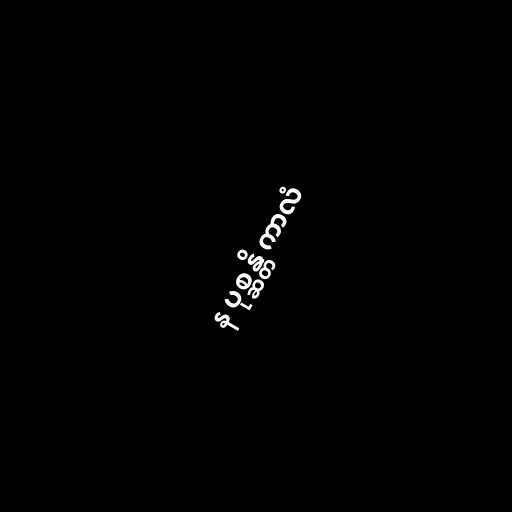
န ပုစ္ဆန္တိ ကာလံ